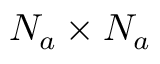
N _ { a } \times N _ { a }